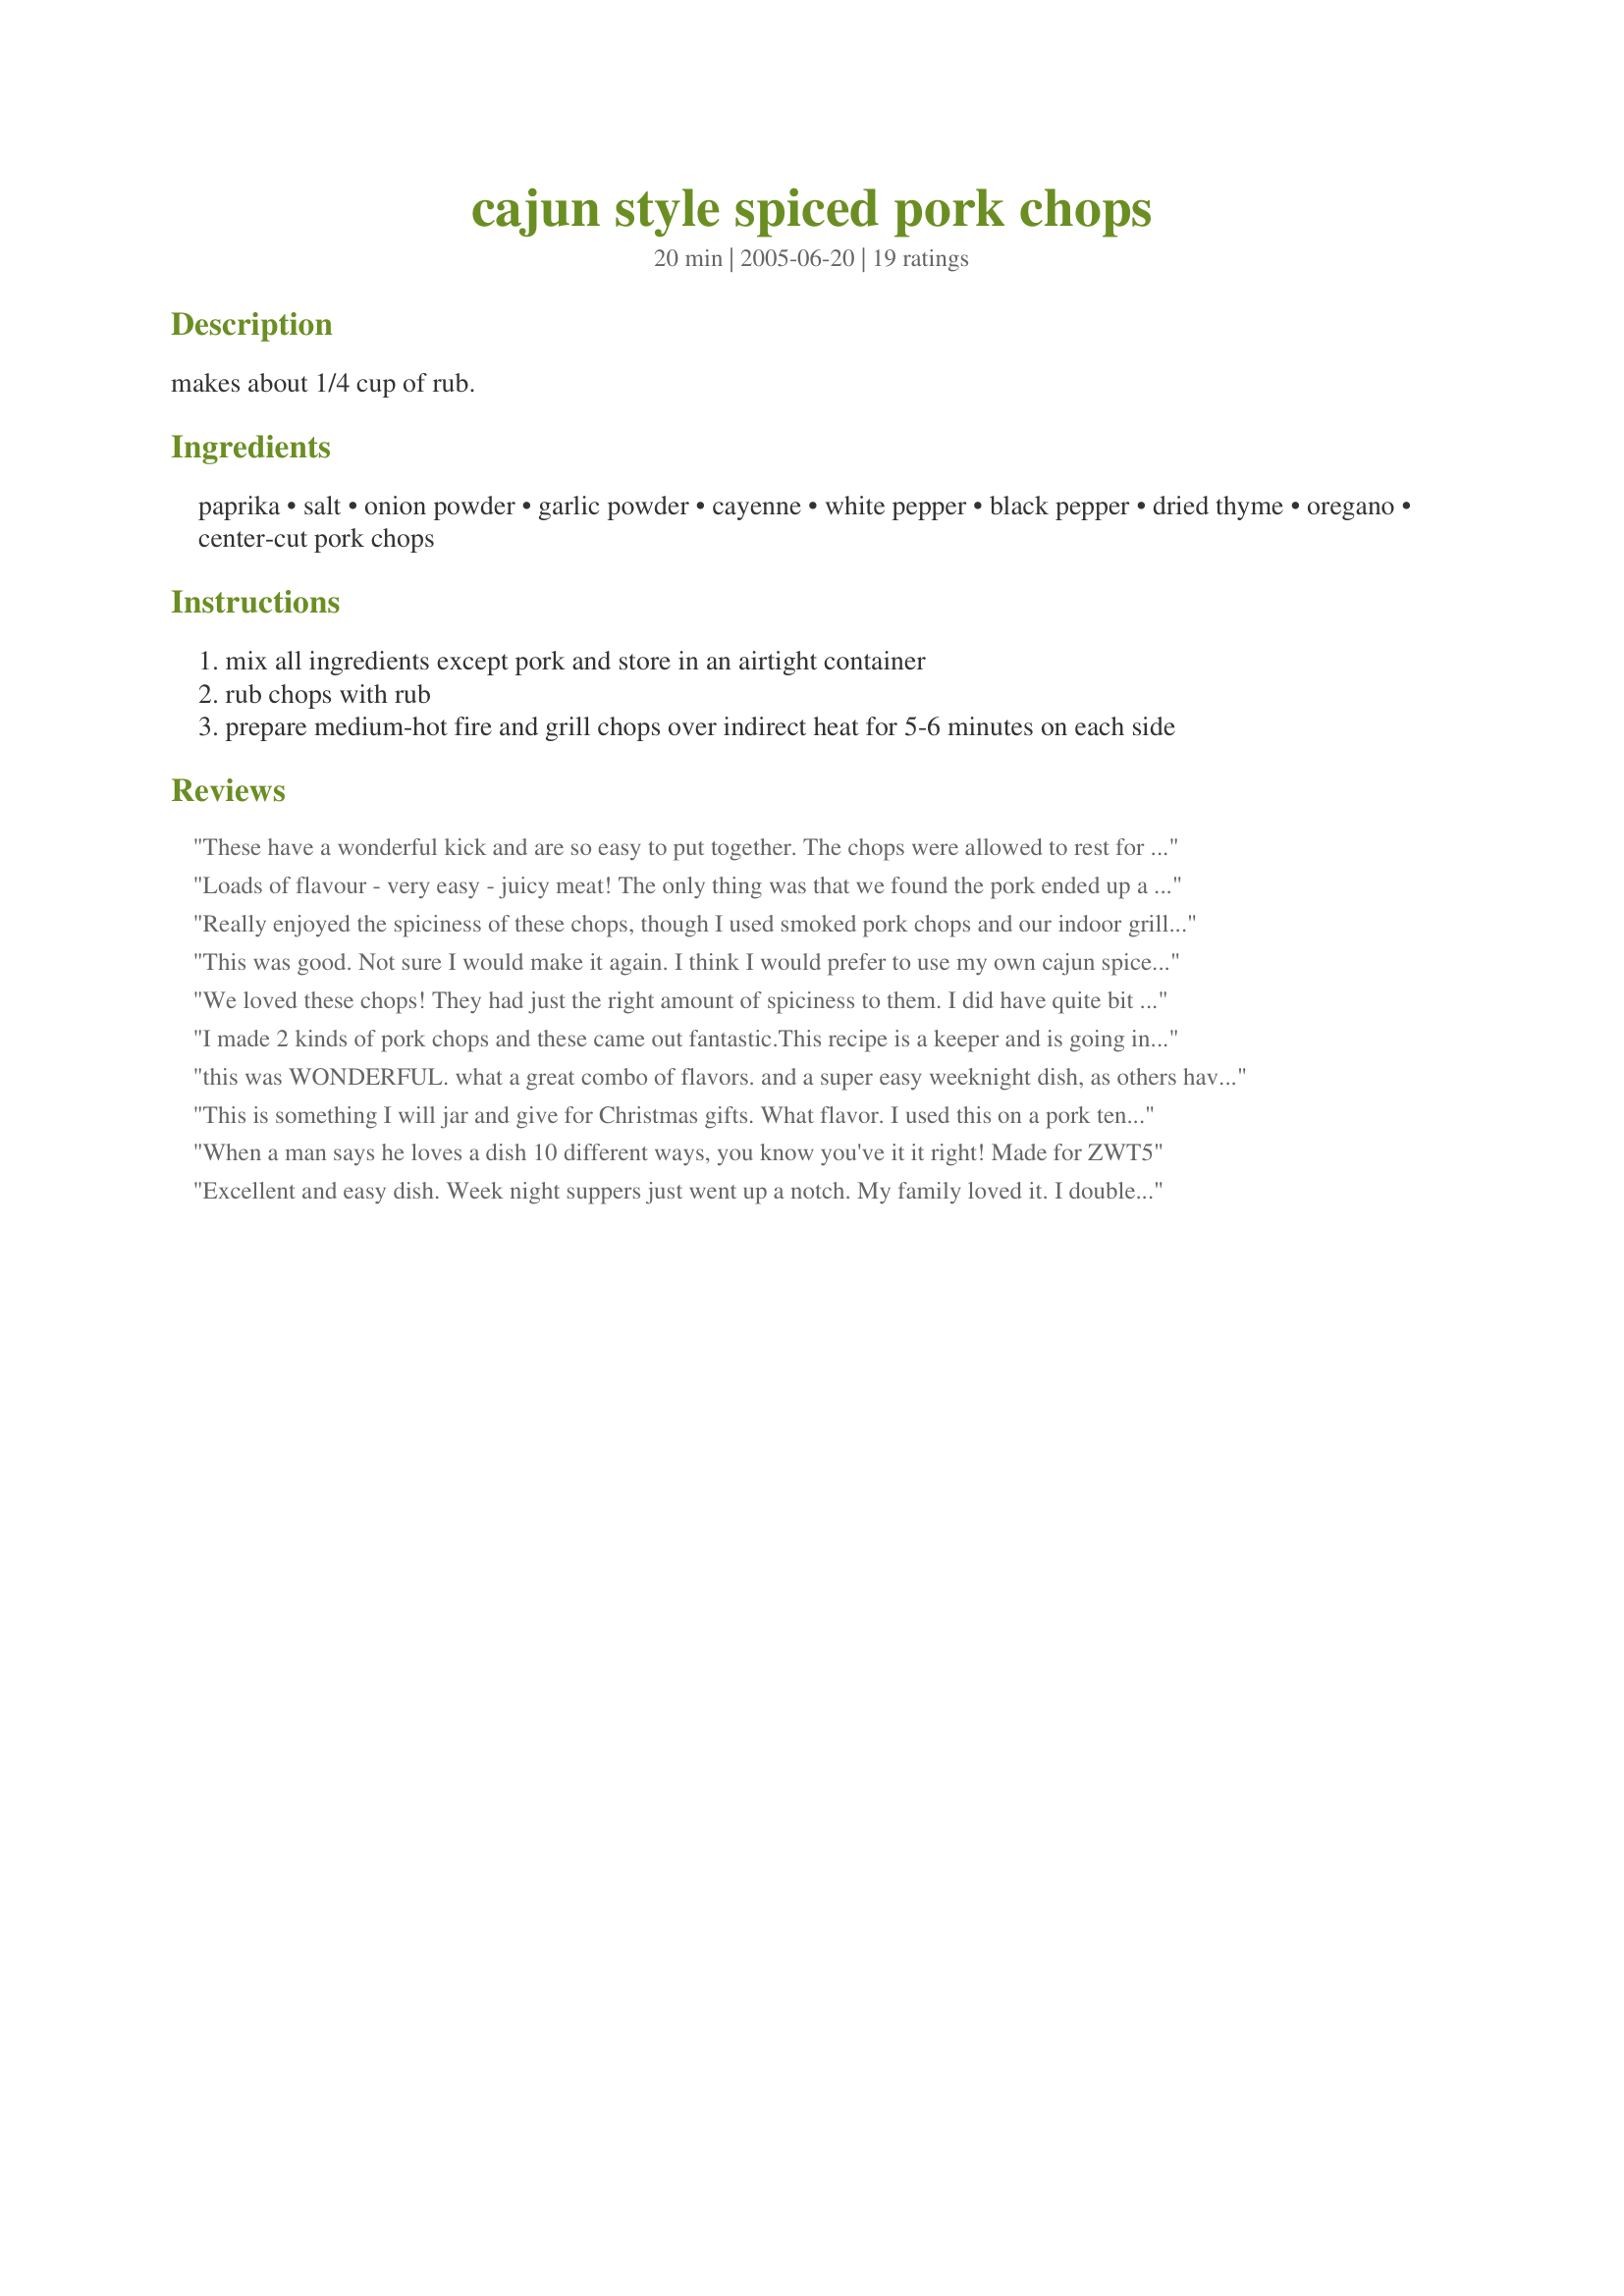
cajun style spiced pork chops
Preparation time: 20 minutes

makes about 1/4 cup of rub.

Ingredients:
paprika, salt, onion powder, garlic powder, cayenne, white pepper, black pepper, dried thyme, oregano, center-cut pork chops

Steps:
mix all ingredients except pork and store in an airtight container
rub chops with rub
prepare medium-hot fire and grill chops over indirect heat for 5-6 minutes on each side

Reviews:
These have a wonderful kick and are so easy to put together. The chops were allowed to rest for about 10 minutes prior to placing on the grill. The amount of seasoning was perfect for the large cut chops used. Made for *ZWT 5*
Loads of flavour - very easy - juicy meat! The only thing was that we found the pork ended up a little too salty. The spice is nice but not overly hot. I think this rub mix would make a great gift!
Really enjoyed the spiciness of these chops, though I used smoked pork chops and our indoor griller. They were &#039;hot&#039; in all the right ways! Followed as written - Thanks for sharing, Charlotte J!
This was good. Not sure I would make it again. I think I would prefer to use my own cajun spice or even just sprinkle something like Tony Chachere's on and cook for a last minute meal
We loved these chops! They had just the right amount of spiciness to them. I did have quite bit of rub left over, so we mixed it in with a small touch of BBQ sauce and brushed it on while grilling. Delicious! Made for ZWT 5 :)
I made 2 kinds of pork chops and these came out fantastic.This recipe is a keeper and is going in my Outstanding Book.Thanks for sharing.
Rita
this was WONDERFUL. what a great combo of flavors. and a super easy weeknight dish, as others have said. I whipped it up in about 15 minutes tops on a dinner break. thanks for a keeper!!
This is something I will jar and give for Christmas gifts. What flavor. I used this on a pork tenderloin. I kept the spicier spices separate from the rest and then added the spicier spices on my serving. Was very tasty. Thanks for posting Charlotte
When a man says he loves a dish 10 different ways, you know you've it it right! Made for ZWT5
Excellent and easy dish. Week night suppers just went up a notch. My family loved it. I doubled up on the spices and then used half of it on oil coated new potatoes cut into wedges which I baked in the oven at 400Â°F for 40 minutes. We did find the meat was a little too salty but never noticed that on the potatoes. Next time I'll use about half as much salt.
These were good. After making a couple of similar regional recipes this week I've decided I don't like thyme in cajun or caribbean recipes though, so from now on I'm going to leave it out. My DH thought these were a little too spicy for him but I dipped mine in a cool sour cream/ranch/honey mustard dip (my own concoction) and it tasted great like that! Only change I made was using pork tenderloin, cut into medallions instead of chops since I always worry about chops ending up tough. I think these would taste great with bbq sauce brushed on while cooking too, so I think next time I'll follow Leslie's lead and try that. Made for ZWT5.
Delicious rub. It does make more than you need. We made these in the broiler, because we ran out of fuel for the grill during the pre-heat stage. Yikes! It was very good anyway. I want to make them again on the grill.
Yummy pork chops. Very simple to prep and quick to grill. Thanks Charlotte for sharing. Made for ZWT9.
Tonight was spicy night at our house and this was a great pork chop recipe to kick up the spice. Made for ZWT9.
We loved these chops! They were so easy to make and very fast cooking. I LOVED the spice combination. I will decrease the amount of cayenne next time because it was a bit too hot for my whole family. Thanks for a great grilling recipe!
Very flavorful and a terrific rub to put into holiday gift baskets! Thank you for sharing your recipe!
This was pretty good! I had pork chops that I needed to use for dinner and wanted something different. I found this recipe and had everything in the cabinet for it. I only made half the recipe b/c all i had was three pork chops. Abit to spicy for my 4&5 year old, but i scraped some of the rub off and they enjoyed it that way. QUICK! SIMPLY!
These were very good! My dh and guests enjoyed these alot! Perfect amount of seasoning, quick and easy so I could enjoy my guests. Thanks!
So delicious! It was chilly out when I made this so I pan fried to chops instead of grilling. I would recommend cutting the salt in half however. I&#039;m a salt lover and it was still a bit much for me. I also kept a bit of the spice mix to the side and them used it on kale as a side.
